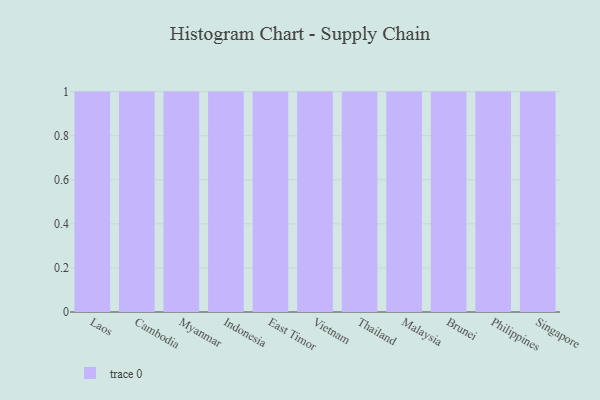
{"axis": {"x": "Country", "y": "Operating Costs (USD K)"}, "legend": [""], "data": [{"x": "Laos", "y": 71, "type": ""}, {"x": "Cambodia", "y": 88, "type": ""}, {"x": "Myanmar", "y": 54, "type": ""}, {"x": "Indonesia", "y": 76, "type": ""}, {"x": "East Timor", "y": 92, "type": ""}, {"x": "Vietnam", "y": 58, "type": ""}, {"x": "Thailand", "y": 67, "type": ""}, {"x": "Malaysia", "y": 49, "type": ""}, {"x": "Brunei", "y": 87, "type": ""}, {"x": "Philippines", "y": 18, "type": ""}, {"x": "Singapore", "y": 56, "type": ""}]}